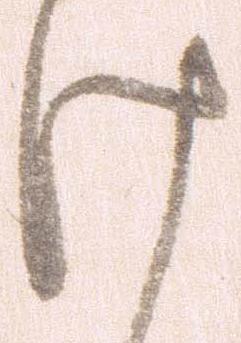
け